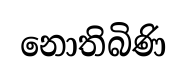
නොතිබිණි